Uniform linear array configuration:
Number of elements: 24
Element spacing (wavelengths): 0.25
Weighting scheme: cosine
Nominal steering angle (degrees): -15
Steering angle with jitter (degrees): -13.454
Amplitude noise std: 0.05
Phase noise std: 0.05

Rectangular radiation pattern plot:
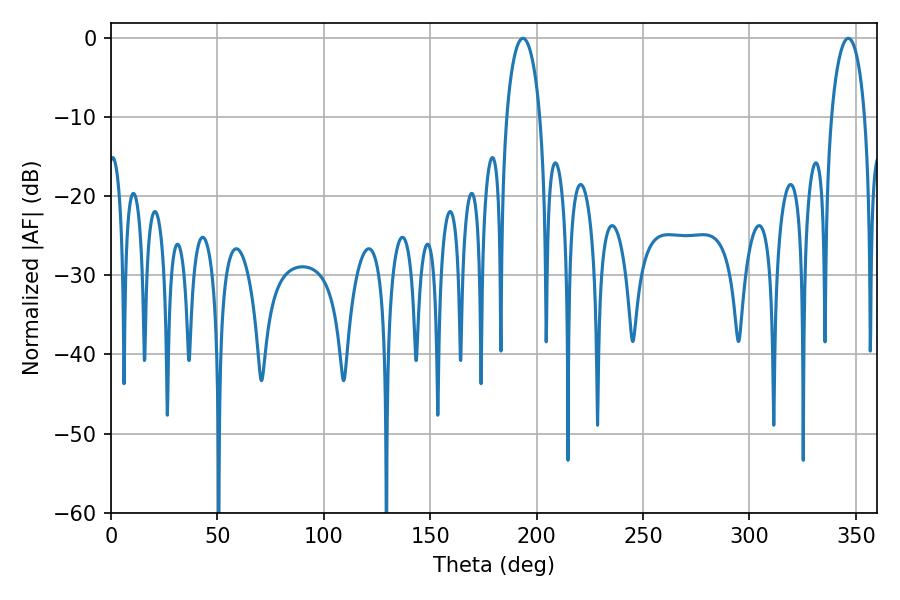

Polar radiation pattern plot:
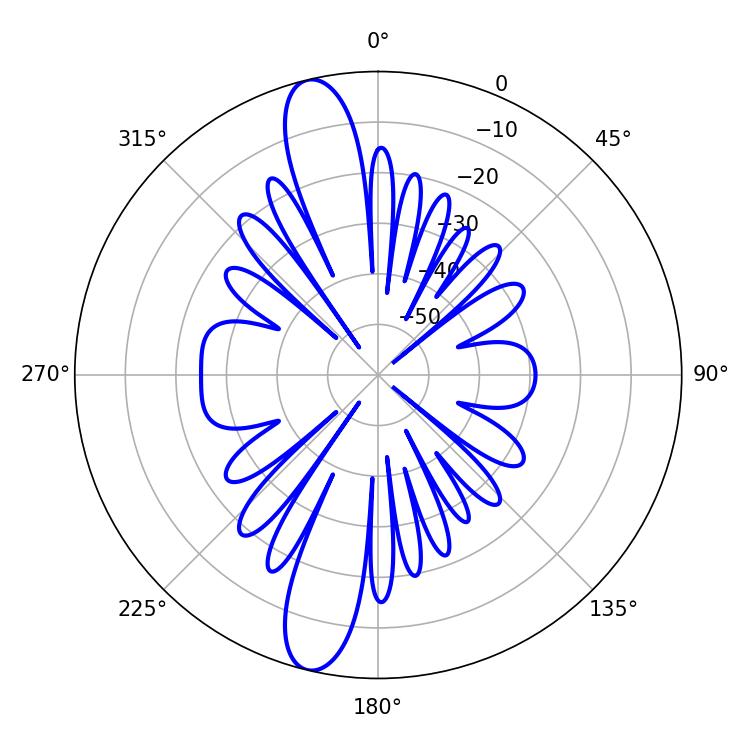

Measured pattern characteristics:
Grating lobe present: FALSE
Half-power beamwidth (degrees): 9
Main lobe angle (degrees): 193.5